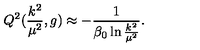
Q ^ { 2 } ( \frac { k ^ { 2 } } { { \mu } ^ { 2 } } , g ) \approx - \frac { 1 } { { \beta } _ { 0 } \ln { \frac { k ^ { 2 } } { { \mu } ^ { 2 } } } } .